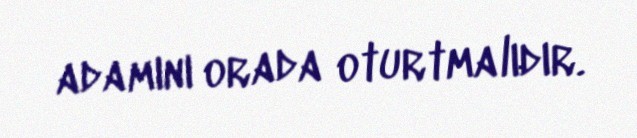
adamını orada oturtmalıdır.